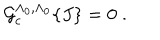
{ \cal { G } } _ { \mathrm { c } } ^ { \Lambda _ { 0 } , \Lambda _ { 0 } } \{ J \} = 0 \; .